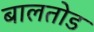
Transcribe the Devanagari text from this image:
बालतोड